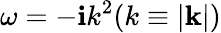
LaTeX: \omega=-\mathbf{i}k^{2}(k\equiv|\mathbf{{k}}|)